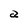
Character: a